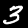
Label: 3